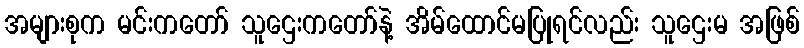
အများစုက မင်းကတော် သူဌေးကတော်နဲ့ အိမ်ထောင်မပြုရင်လည်း သူဌေးမ အဖြစ်